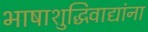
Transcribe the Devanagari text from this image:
भाषाशुद्धिवाद्यांना